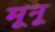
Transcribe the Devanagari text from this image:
मूनू